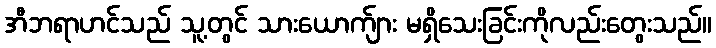
အီဘရာဟင်သည် သူ့တွင် သားယောက်ျား မရှိသေးခြင်းကိုလည်းတွေးသည်။